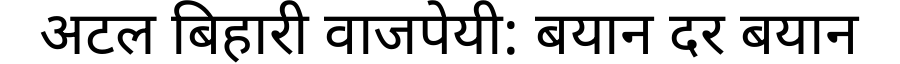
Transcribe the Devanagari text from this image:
अटल बिहारी वाजपेयी: बयान दर बयान